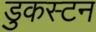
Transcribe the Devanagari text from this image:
डुकस्टन